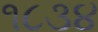
૧૮૩૪